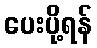
ပေးပို့ရန်